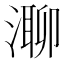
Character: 𣼾